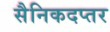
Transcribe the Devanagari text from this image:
सैनिकदप्तर